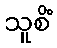
သူစိံ